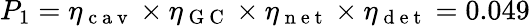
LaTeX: P_{1}=\eta_{\mathrm{~c~a~v~}}\times\eta_{\mathrm{~G~C~}}\times\eta_{\mathrm{~n~e~t~}}\times\eta_{\mathrm{~d~e~t~}}=0.049